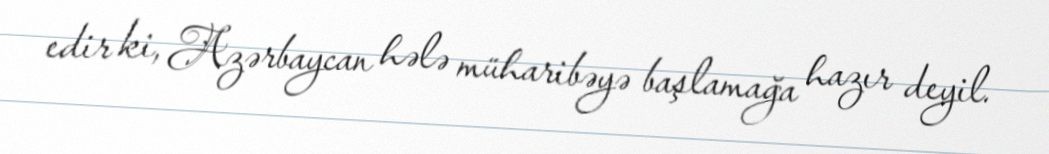
edir ki, Azərbaycan hələ müharibəyə başlamağa hazır deyil.